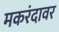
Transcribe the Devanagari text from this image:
मकरंदावर